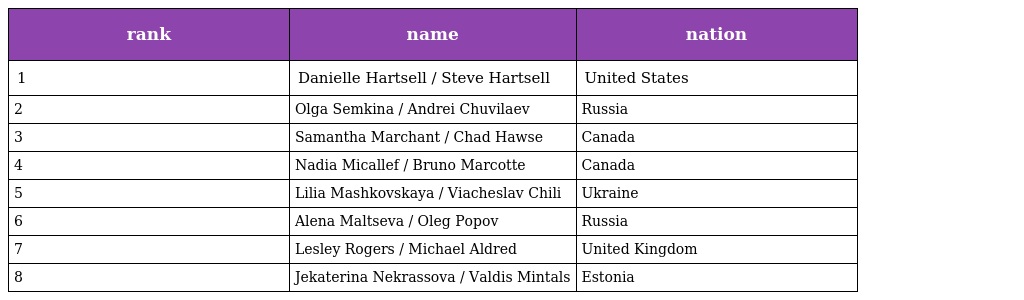
| rank | name | nation |
 | --- | --- | --- |
 | 1 | Danielle Hartsell / Steve Hartsell | United States |
 | 2 | Olga Semkina / Andrei Chuvilaev | Russia |
 | 3 | Samantha Marchant / Chad Hawse | Canada |
 | 4 | Nadia Micallef / Bruno Marcotte | Canada |
 | 5 | Lilia Mashkovskaya / Viacheslav Chili | Ukraine |
 | 6 | Alena Maltseva / Oleg Popov | Russia |
 | 7 | Lesley Rogers / Michael Aldred | United Kingdom |
 | 8 | Jekaterina Nekrassova / Valdis Mintals | Estonia |